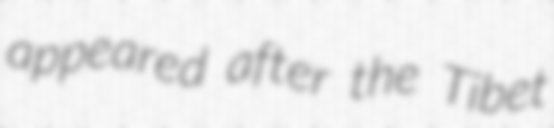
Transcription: appeared after the Tibet